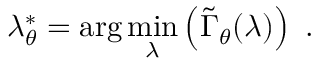
\lambda _ { \theta } ^ { * } = \arg \operatorname* { m i n } _ { \lambda } \left( \tilde { \Gamma } _ { \theta } ( \lambda ) \right) ~ .